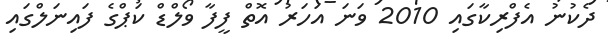
ދެކުނު އެފްރިކާގައި 2010 ވަނަ އަހަރު އޮތް ފީފާ ވޯލްޑް ކަޕްގެ ފައިނަލްގައި